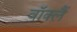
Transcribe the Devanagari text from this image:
वॉक्लैं